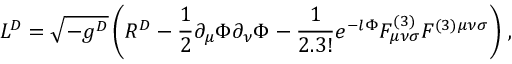
{ \cal L } ^ { D } = \sqrt { - g ^ { D } } \left( R ^ { D } - \frac { 1 } { 2 } \partial _ { \mu } \Phi \partial _ { \nu } \Phi - { \frac { 1 } { 2 . 3 ! } } e ^ { - l \Phi } F _ { \mu \nu \sigma } ^ { ( 3 ) } F ^ { ( 3 ) \mu \nu \sigma } \right) \, ,